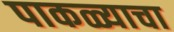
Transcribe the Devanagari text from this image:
पाकळ्याचा